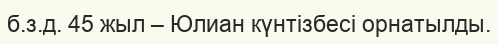
б.з.д. 45 жыл – Юлиан күнтізбесі орнатылды.